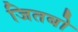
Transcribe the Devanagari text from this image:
जितबो